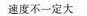
速度不一定大